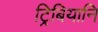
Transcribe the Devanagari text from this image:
ट्रिबियानि